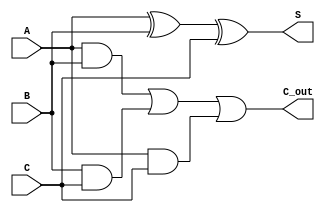
module DynamicCarrySaveAdder (
    input wire [N-1:0] A, // First Input
    input wire [N-1:0] B, // Second Input
    input wire [N-1:0] C, // Third Input
    output wire [N-1:0] S, // Sum Output
    output wire [N-1:0] C_out // Carry Output
);
    parameter N = 8; // Parameter to define the bit-width of the inputs/outputs

    // Calculation of sum and carry
    assign S = A ^ B ^ C; // Sum is bitwise XOR of inputs
    assign C_out = (A & B) | (B & C) | (A & C); // Carry is bitwise AND combinations

endmodule